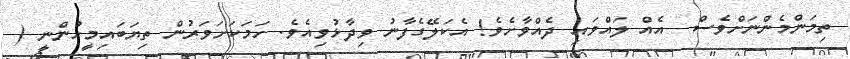
ތިމަންމެންނަށްވެސް  އެއް ލައްވައި ދެއްވާށެވެ! އެކަލޭގެފާނު ވިދާޅުވިއެވެ. ހަމަކަށަވަރުން ތިޔަބައިމީހުންނީ (